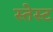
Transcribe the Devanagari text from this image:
स्तेस्ट